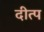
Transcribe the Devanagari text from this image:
दीत्प